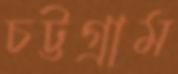
চট্টগ্রাম